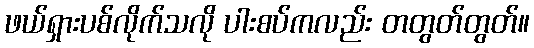
ဖယ်ရှားပစ်လိုက်သလို ပါးစပ်ကလည်း တတွတ်တွတ်။